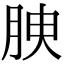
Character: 𦚤